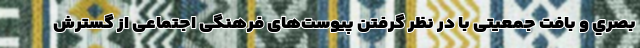
بصري و بافت جمعیتی با در نظر گرفتن پیوست‌های فرهنگی اجتماعی از گسترش